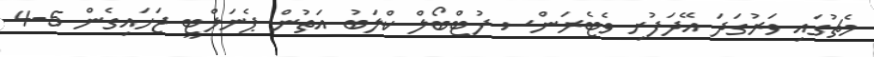
މެޗުގައި ވަރުގަދަ އޭދަފުށި ވެޓެރަންސ ފުޓްބޯލް ކްލަބު އަތުން ޕެނަލްޓީ ޖަހައިގެން 5-4